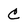
Character: C